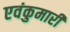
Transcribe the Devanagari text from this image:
एवंकुमारी